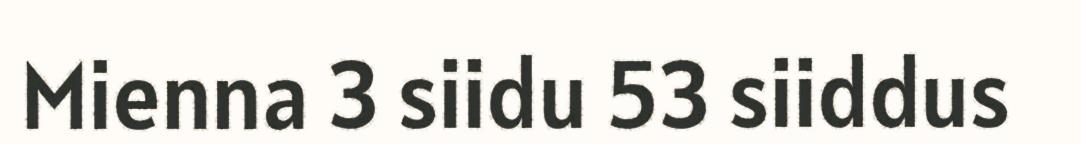
Mienna 3 siidu 53 siiddus